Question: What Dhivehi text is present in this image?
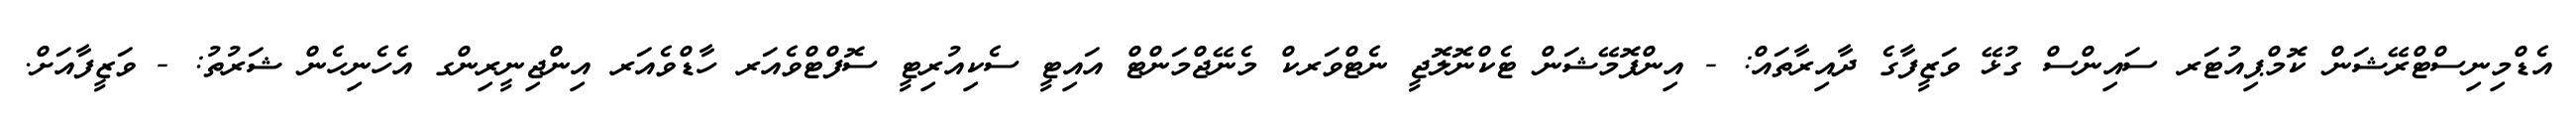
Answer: އެޑްމިނިސްޓްރޭޝަން ކޮމްޕިއުޓަރ ސައިންސް ގުޅޭ ވަޒީފާގެ ދާއިރާތައް: - އިންފޮމޭޝަން ޓެކްނޮލޮޖީ ނެޓްވަރކް މެނޭޖްމަންޓް އައިޓީ ސެކިއުރިޓީ ސޮފްޓްވެއަރ ހާޑްވެއަރ އިންޖިނީރިންގ އެހެނިހެން ޝަރުތު: - ވަޒީފާއަށް.